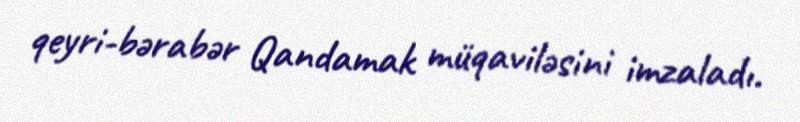
qeyri-bərabər Qandamak müqaviləsini imzaladı.